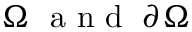
\Omega \; \mathrm { ~ a ~ n ~ d ~ } \; \partial \Omega